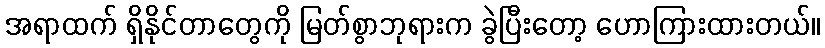
အရာထက် ရှိနိုင်တာတွေကို မြတ်စွာဘုရားက ခွဲပြီးတော့ ဟောကြားထားတယ်။